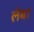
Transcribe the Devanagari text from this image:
लेबा